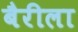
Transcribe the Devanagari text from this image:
बैरीला